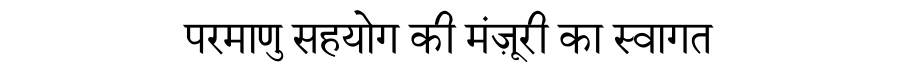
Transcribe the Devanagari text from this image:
परमाणु सहयोग की मंज़ूरी का स्वागत